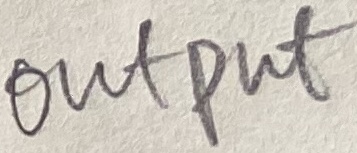
Text: Output